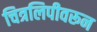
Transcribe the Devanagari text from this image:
चित्रलिपीवरून